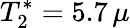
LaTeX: T_{2}^{*}=5.7\, \mu